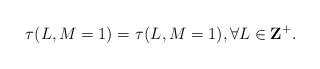
LaTeX: \begin{align*}\tau(L,M=1)=\tau^{}(L,M=1), \forall L\in{\bf Z}^+.\end{align*}